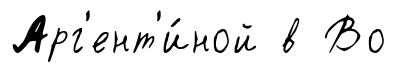
Арг'ент'и́ной в Во